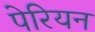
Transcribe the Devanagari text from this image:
पेरियन